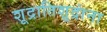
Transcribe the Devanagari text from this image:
शूद्रातिशूद्रांना